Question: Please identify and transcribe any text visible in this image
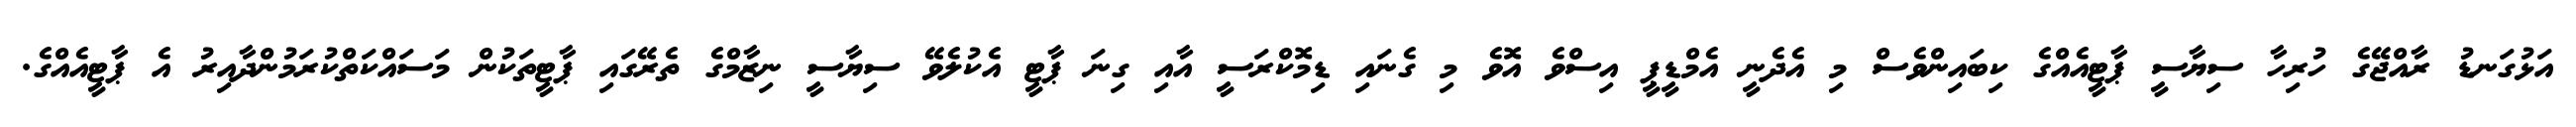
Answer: އަޅުގަނޑު ރާއްޖޭގެ ހުރިހާ ސިޔާސީ ޕާޓީއެއްގެ ކިބައިންވެސް މި އެދެނީ އެމްޑީޕީ އިސްވެ އޮވެ މި ގެނައި ޑިމޮކްރަސީ އާއި ގިނަ ޕާޓީ އެކުލެވޭ ސިޔާސީ ނިޒާމްގެ ތެރޭގައި ޕާޓީތަކުން މަސައްކަތްކުރަމުންދާއިރު އެ ޕާޓީއެއްގެ.